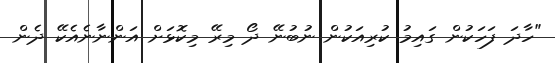
"ހާދަ ފަހަކުން ގައިމު ކުރިއަކުން ނުބުނޭ ދޯ މިރޭ މިކޮޅަށް އަންނާނެއެކޭ ދެން